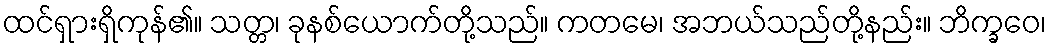
ထင်ရှားရှိကုန်၏။ သတ္တ၊ ခုနစ်ယောက်တို့သည်။ ကတမေ၊ အဘယ်သည်တို့နည်း။ ဘိက္ခဝေ၊